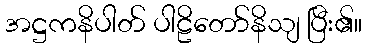
အဋ္ဌကနိပါတ် ပါဠိတော်နိသျ ပြီး၏။